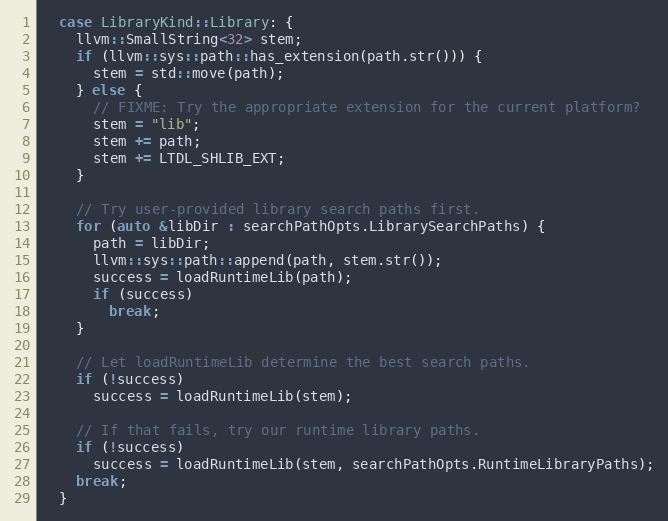
Language: C++
  case LibraryKind::Library: {
    llvm::SmallString<32> stem;
    if (llvm::sys::path::has_extension(path.str())) {
      stem = std::move(path);
    } else {
      // FIXME: Try the appropriate extension for the current platform?
      stem = "lib";
      stem += path;
      stem += LTDL_SHLIB_EXT;
    }

    // Try user-provided library search paths first.
    for (auto &libDir : searchPathOpts.LibrarySearchPaths) {
      path = libDir;
      llvm::sys::path::append(path, stem.str());
      success = loadRuntimeLib(path);
      if (success)
        break;
    }

    // Let loadRuntimeLib determine the best search paths.
    if (!success)
      success = loadRuntimeLib(stem);

    // If that fails, try our runtime library paths.
    if (!success)
      success = loadRuntimeLib(stem, searchPathOpts.RuntimeLibraryPaths);
    break;
  }